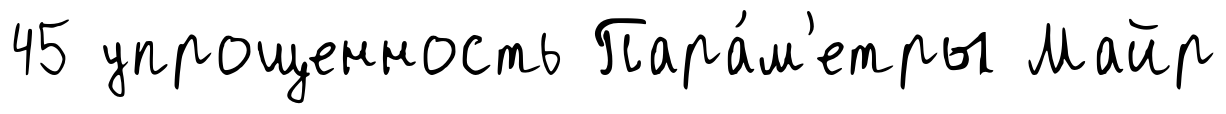
45 упрощенность Пара́м'етры Майр